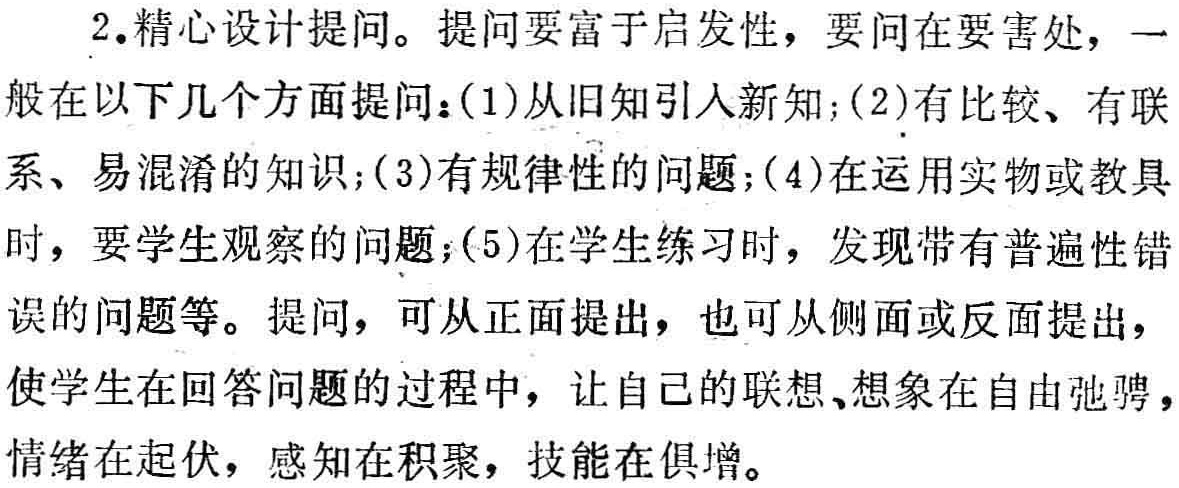
2.精心设计提问。提问要富于启发性，要问在要害处，一

般在以下几个方面提问：(1)从旧知引入新知；(2)有比较、有联

系、易混淆的知识；(3)有规律性的问题；(4)在运用实物或教具

时，要学生观察的问题；(5)在学生练习时，发现带有普遍性错

误的问题等。提问，可从正面提出，也可从侧面或反面提出，

使学生在回答问题的过程中，让自己的联想、想象在自由弛骋，

情绪在起伏，感知在积聚，技能在俱增。